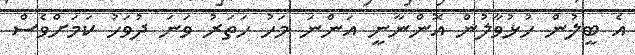
އެ ބީލުން ހުޅުވާލުން އޮންނާނީ އަންނަ މަހު ހަތަރު ވަނަ ދުވަހު ކަމަަށްވެސް